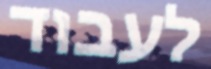
לעבוד